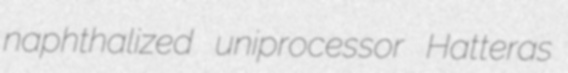
naphthalized uniprocessor Hatteras